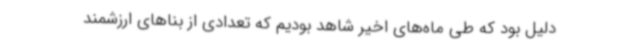
دلیل بود که طی ماه‌های اخیر شاهد بودیم که تعدادی از بناهای ارزشمند